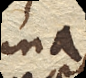
una